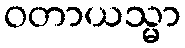
ဝတာယသ္မာ